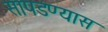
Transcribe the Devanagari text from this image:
सापडण्यास